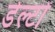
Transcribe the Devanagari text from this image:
डेल्टों